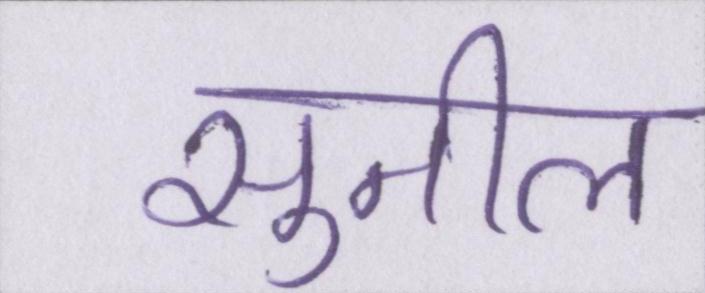
सुनील